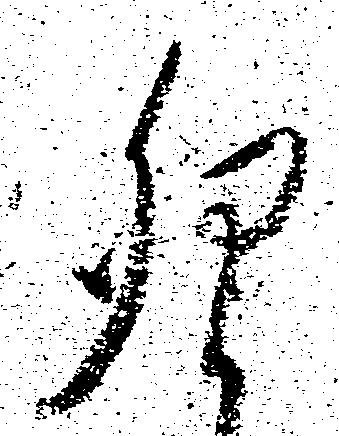
卯